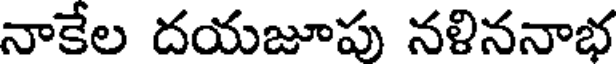
నాకేల దయజూపు నళిననాభ